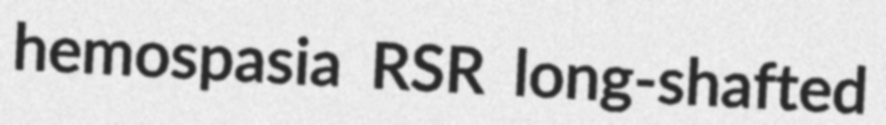
hemospasia RSR long-shafted